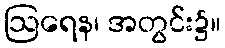
ဩရေန၊ အတွင်း၌။